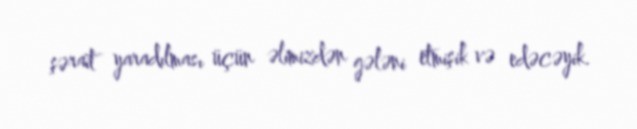
şərait yaradılması üçün əlimizdən gələni etmişik və edəcəyik.